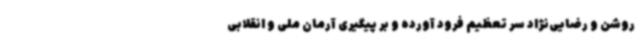
روشن و رضایی‌نژاد سر تعظیم فرود آورده و بر پیگیری آرمان ملی و انقلابی